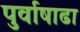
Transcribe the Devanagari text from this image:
पुर्वाषाढा